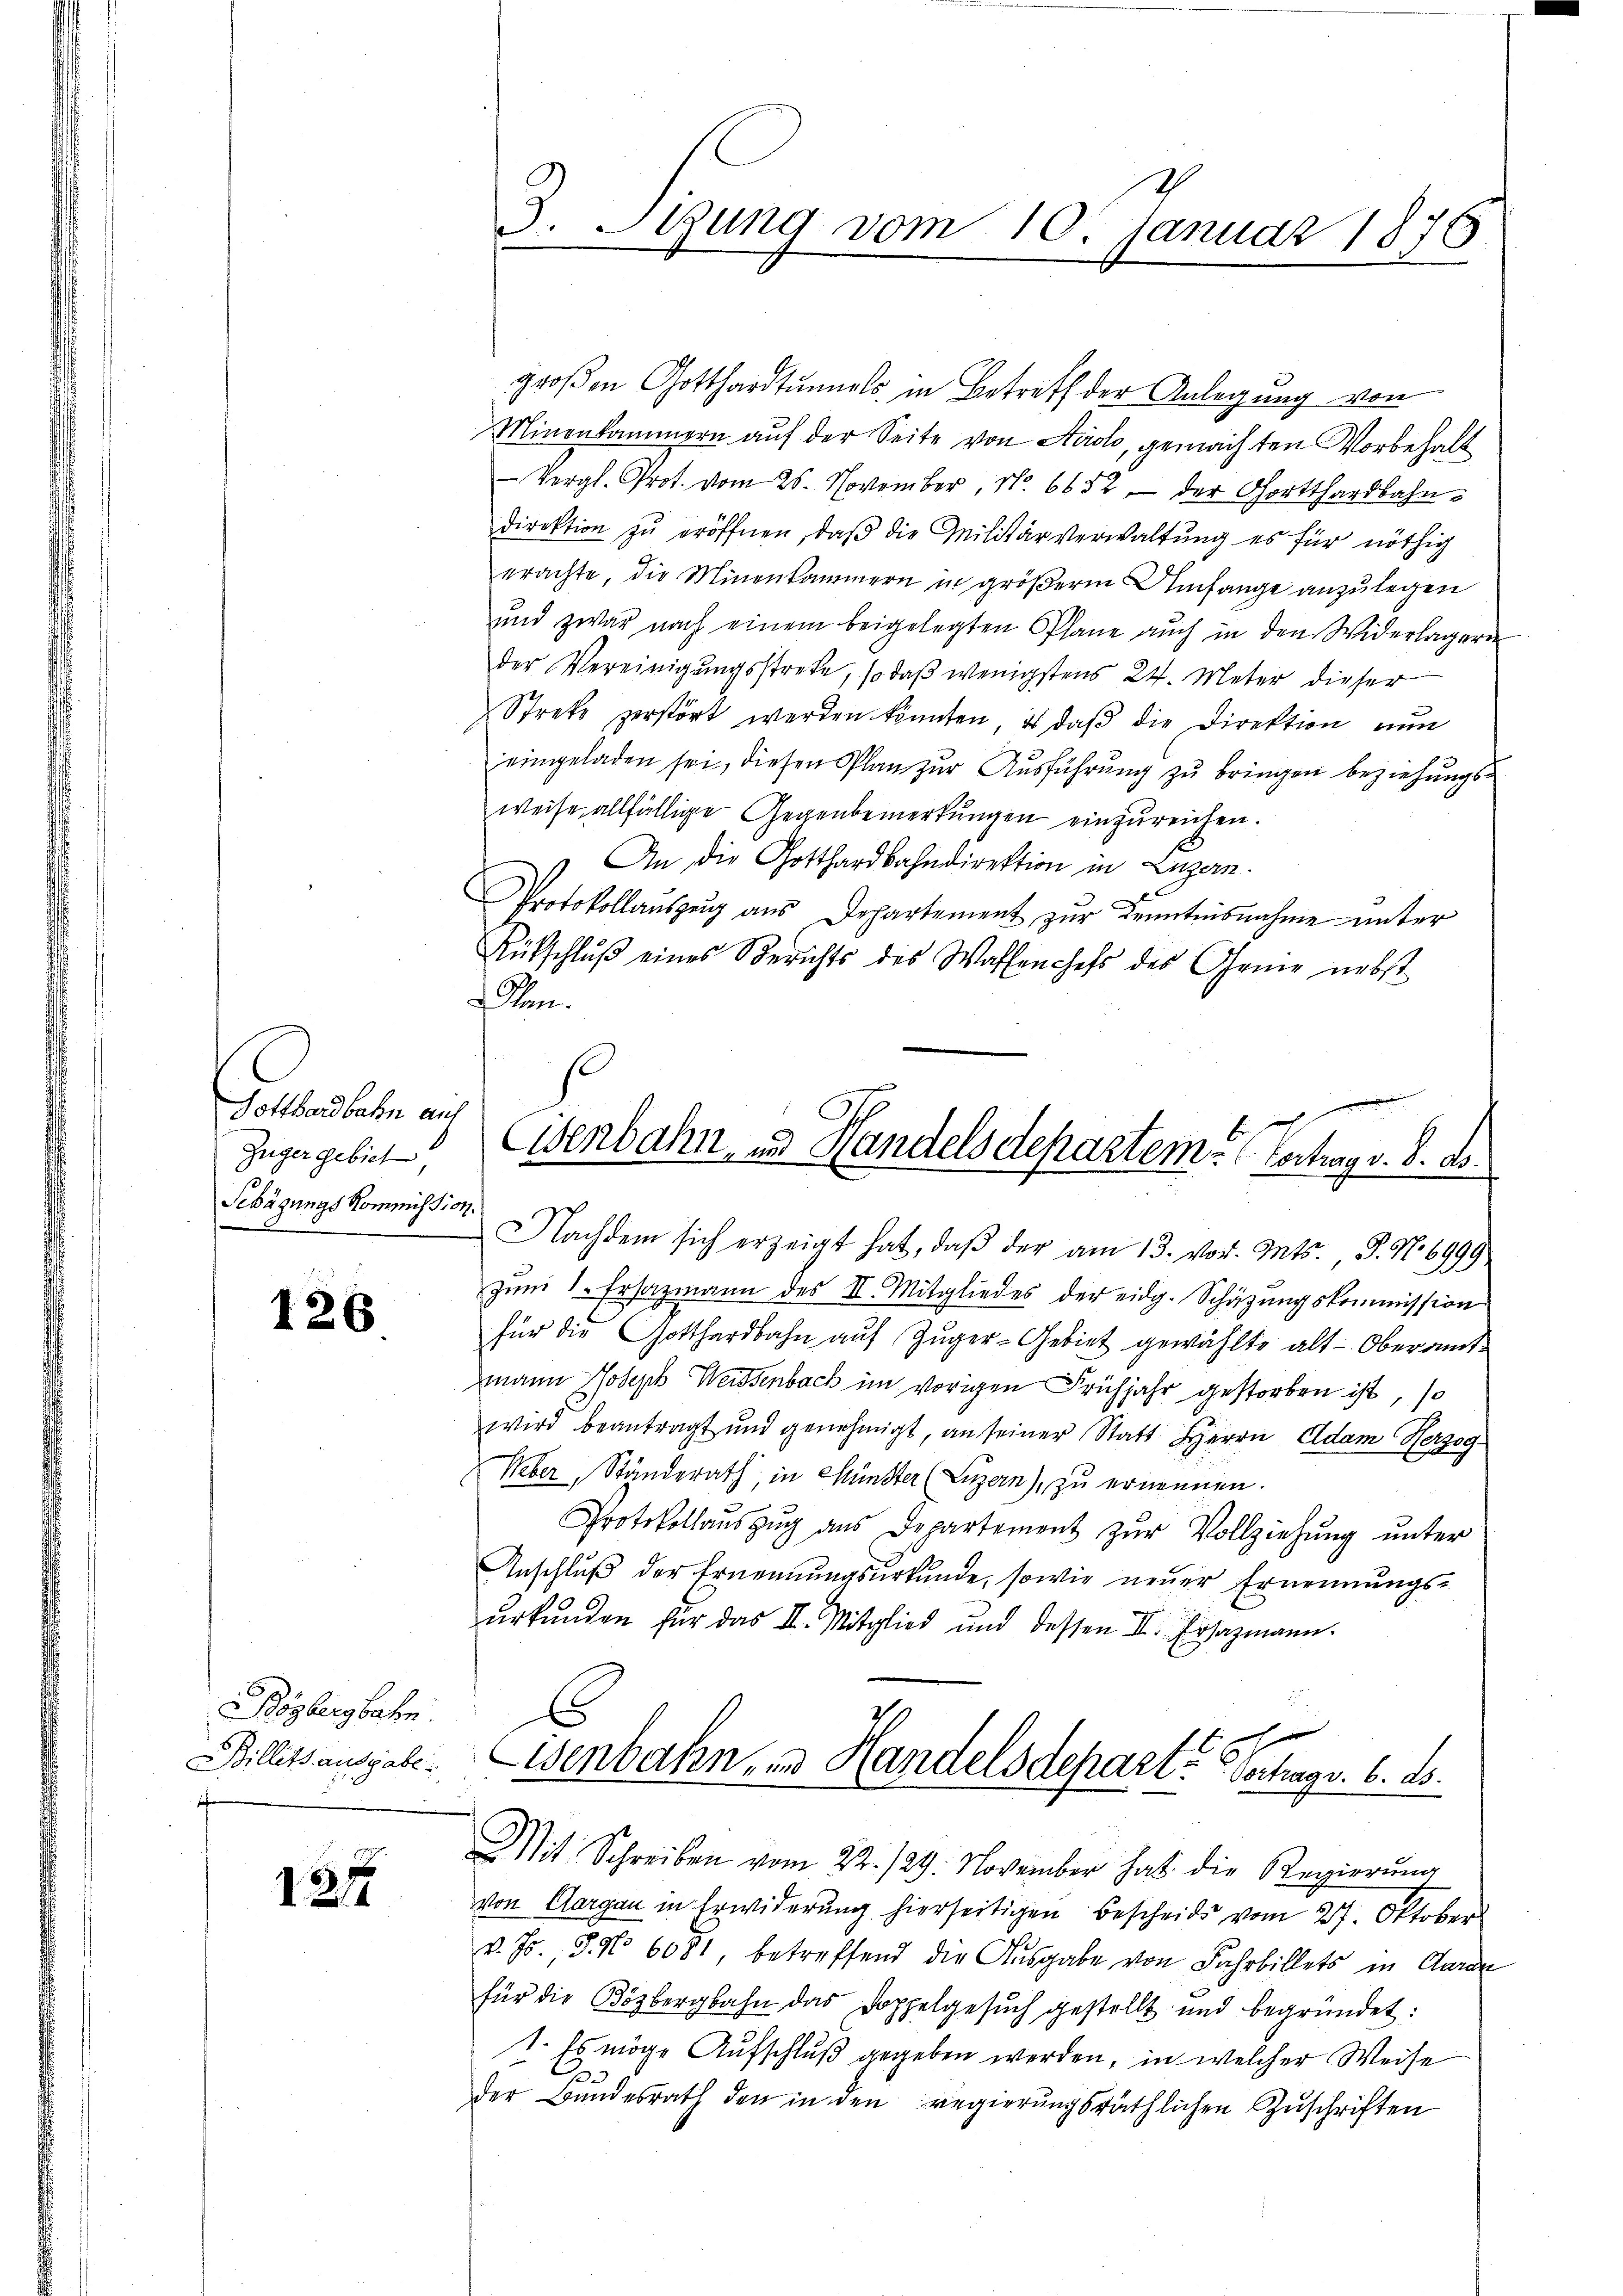
Gotthardbahn auf
Züger gebiet
Sehägungs Kommission.

126

Bözbergbahn.
Billets ausgabe

127

f
3. Sitzung vom 10. Januar 1876

groβen Gotthardtunnels, in Betreff der Anlegung von
Minenkammern auf der Seite von Airolo, gemachten Vorbehalt
 Vergl. Prot. vom 25. November, No. 6652 - der Gotthardbahndirektion zŭ eröffnen, daβ die Geilitärverwaltŭng es für nöthig
erachte, die Minenkammern in größerm Umfange anzulegen
und zwar nach einem beigelegten Plane aŭch in den Widerlagern
der Vereinigungsstrete, so daß wenigstens 24. Meter dieser
Streke zerstört werden könnten, es daß die Direktion nun
eingeladen sei, diesen Plan zur Ausführung zu bringen beziehungsweise allfällige Gegenbemerkungen einzureichen.
An die Gotthardbahndirektion in Luzern.
Protokollauszug aus Departement zur Denntnisnahme unter
Rütschlŭβ eines Berichts des Waffenchefs des Genie nebst
Sen.
s
Eisenbahn, und Handelsdepartem Vertrag v. 8. d.
Nachdem sich erzeigt hat, daβ der am 13. vor. Mts. S. Nr. 6999
zŭm 1. Ersazmann des II. Mitgliedes der eidg. Schäzŭngskommission
für die Gotthardbahn auf Zuger-Gebiet gewählte alt-Oberamtmann Joseph Weisenbach im vorigen Frühjahr gestorben ist, so
wird beantragt und genehmigt, an seiner Statt Herrn Adam Herzog¬
Weber, Ständerath, in Münster (Luzern), zu ernennen.
Protokollaŭszŭg ans Departement zŭr Vollziehŭng ŭnter
Anschluß der Ernennungsurkunde, sowie neuer Ernennungs-
ŭrkŭnden für das II. Mitglied und dessen II. Ersatzmann.
h

Eisenbahn, u. Handelsdeparte Schrag. 6. ds.
Mit Schreiben vom 22. 129. November hat die Regierung

von Aargau in Erwiderung hierseitigen Bescheids vom 27. Oktober
v. Js. 3. No 6081, betreffend die Ausgabe von Fahrbillets in Garan
für die Bözbergbahn das Doppelgesŭch gestellt und begründet:
1. Es möge Aufschluß gegeben werden, in welcher Weise
der Bundesrath den in den regierungsräthlichen Zuschriften